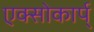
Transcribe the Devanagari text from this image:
एक्सोकार्प्